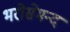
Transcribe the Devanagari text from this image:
भरोसेमन्द